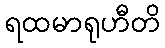
ရထမာရုဟီတိ